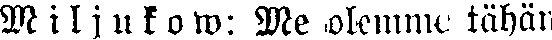
M i l j u k o w: Me olemme tähän